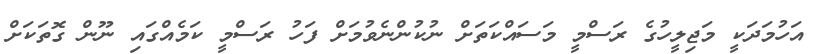
އަހުމަދަކީ މަޖިލީހުގެ ރަސްމީ މަސައްކަތަށް ނުކުންނެވުމަށް ފަހު ރަސްމީ ކަމެއްގައި ނޫން ގޮތަކަށް